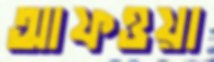
আফওয়া